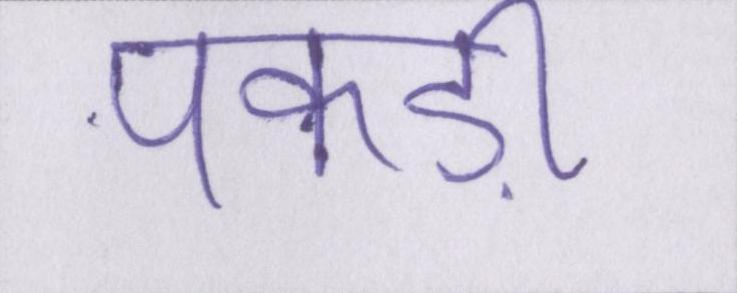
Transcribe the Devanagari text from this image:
पकड़ी